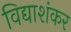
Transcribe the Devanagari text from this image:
विद्याशंकर